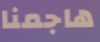
هاجمنا